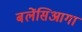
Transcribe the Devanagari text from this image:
बलेंसिआगा